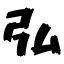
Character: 弘